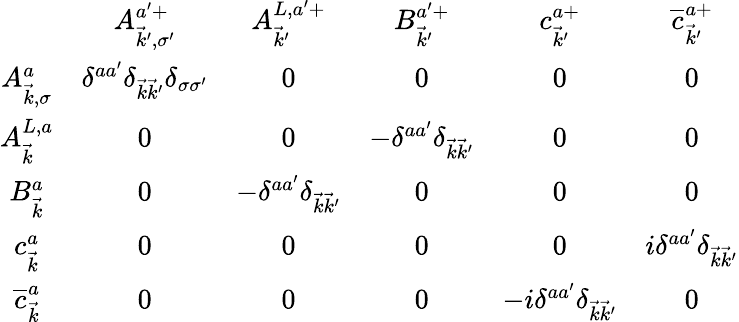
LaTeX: \begin{array}{cccccc}{{}}&{{A_{\vec{k}^{\prime},\sigma^{\prime}}^{a^{\prime}+}}}&{{A_{\vec{k}^{\prime}}^{L,a^{\prime}+}}}&{{B_{\vec{k}^{\prime}}^{a^{\prime}+}}}&{{c_{\vec{k}^{\prime}}^{a+}}}&{{\overline{{{c}}}_{\vec{k}^{\prime}}^{a+}}}\\ {{A_{\vec{k},\sigma}^{a}}}&{{\delta^{aa^{\prime}}\delta_{\vec{k}\vec{k}^{\prime}}\delta_{\sigma\sigma^{\prime}}}}&{{0}}&{{0}}&{{0}}&{{0}}\\ {{A_{\vec{k}}^{L,a}}}&{{0}}&{{0}}&{{-\delta^{aa^{\prime}}\delta_{\vec{k}\vec{k}^{\prime}}}}&{{0}}&{{0}}\\ {{B_{\vec{k}}^{a}}}&{{0}}&{{-\delta^{aa^{\prime}}\delta_{\vec{k}\vec{k}^{\prime}}}}&{{0}}&{{0}}&{{0}}\\ {{c_{\vec{k}}^{a}}}&{{0}}&{{0}}&{{0}}&{{0}}&{{i\delta^{aa^{\prime}}\delta_{\vec{k}\vec{k}^{\prime}}}}\\ {{\overline{{{c}}}_{\vec{k}}^{a}}}&{{0}}&{{0}}&{{0}}&{{-i\delta^{aa^{\prime}}\delta_{\vec{k}\vec{k}^{\prime}}}}&{{0}}\end{array}